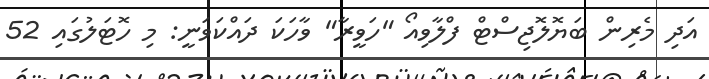
އަދި މެރިން ބަޔޮލޮޖިސްޓް ފްލާވިއޯ "ހަވީރާ" ވާހަކަ ދައްކަވަނީ: މި ހޮޓަލުގައި 52